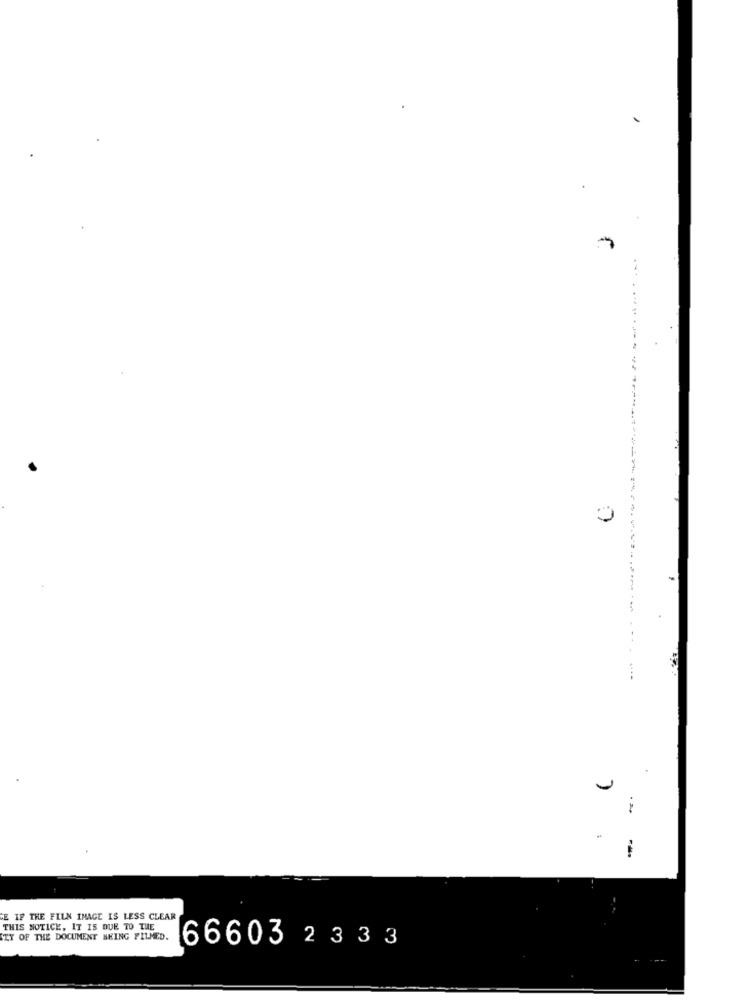
0
---------
-----
.»
CE IF THE FILN IMAGE IS LESS CLEAR
THIS NOTICE, IT IS DUE TO THE
CZY OF THE DOCUMENT SKING FILMED.
66603 2333